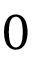
0